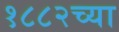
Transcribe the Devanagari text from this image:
१८८२च्या